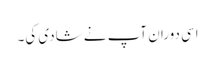
اسی دوران آپ نے شادی کی۔